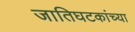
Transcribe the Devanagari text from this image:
जातिघटकांच्या